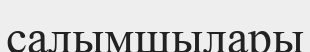
салымшылары